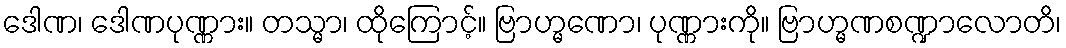
ဒေါဏ၊ ဒေါဏပုဏ္ဏား။ တသ္မာ၊ ထိုကြောင့်။ ဗြာဟ္မဏော၊ ပုဏ္ဏားကို။ ဗြာဟ္မဏစဏ္ဍာလောတိ၊